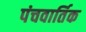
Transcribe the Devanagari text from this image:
पंचवार्तिक